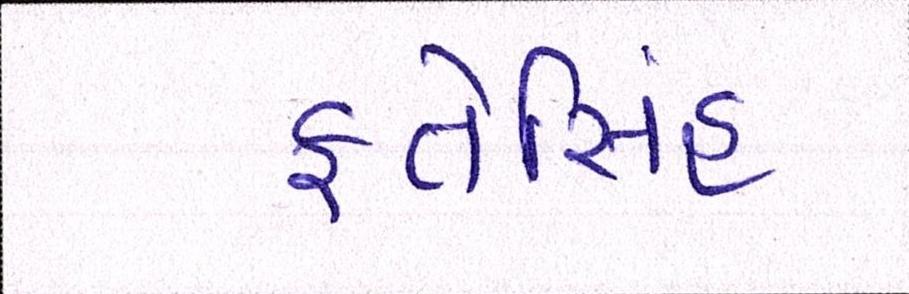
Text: ફતેસિંહ